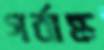
গর্বান্ধ